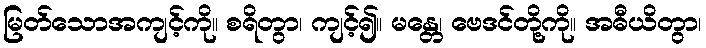
မြတ်သောအကျင့်ကို။ စရိတွာ၊ ကျင့်၍။ မန္တေ၊ ဗေဒင်တို့ကို။ အဓီယိတွာ၊